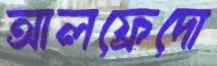
আলফ্রেদো